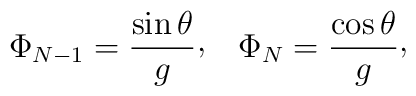
\Phi_{N-1}={\sin\theta\over g}\raise 2pt\hbox{,}\quad\Phi_{N}={\cos\theta\over g}\raise 2pt\hbox{,}